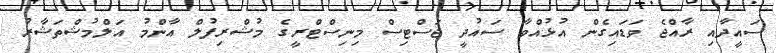
ސައީދާއި ރާއްޖެ ވަޑައިގެން އުޅުއްވާ ސައުދީ ޖަސްޓިސް މިނިސްޓްރީގެ މުޝްރިފުލް އާންމު އަލްމުޝްތަޝާރު